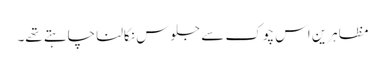
مظاہرین اس چوک سے جلوس نکالنا چاہتے تھے۔